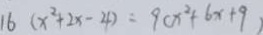
1 6 ( x ^ { 2 } + 2 x - 4 ) = 9 ( x ^ { 2 } + 6 x + 9 )